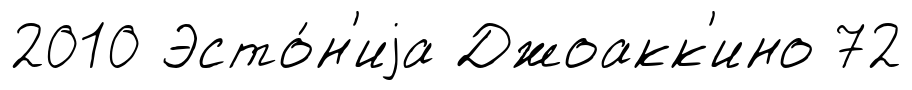
2010 Эсто́н'иjа Джоакк'ино 72